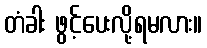
တံခါး ဖွင့်ပေးလို့ရမလား။